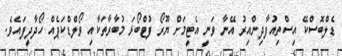
ޑެލްބޮސްކޭ އިސްތިއުފާދިންއިރު އޭނާ ވަނީ އެޓީމަށް ޔޫރޯ ފުޓްބޯޅަ މުބާރާތަކާއި ވޯލްޑްކަޕެއް ހޯދާދީފައެވެ.